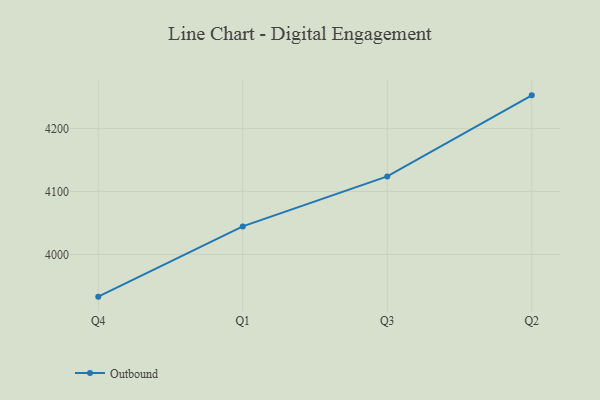
{"axis": {"x": "Quarter", "y": "Shipments"}, "legend": ["Outbound"], "data": [{"x": "Q4", "y": 3932.8, "type": "Outbound"}, {"x": "Q1", "y": 4044.5, "type": "Outbound"}, {"x": "Q3", "y": 4123.9, "type": "Outbound"}, {"x": "Q2", "y": 4252.8, "type": "Outbound"}]}